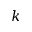
k